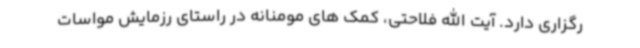
رگزاری دارد. آیت الله فلاحتی، کمک های مومنانه در راستای رزمایش مواسات